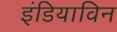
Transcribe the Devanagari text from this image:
इंडियाविन